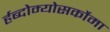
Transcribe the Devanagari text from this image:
र्हब्दोम्योसर्कोमा